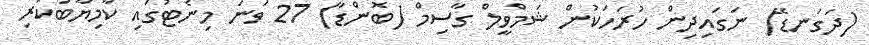
(ދަގަނޑޭ) ނަގައިދިން ހުރަހަކުން ޝަމްވީލް ގާސިމް (ބޮންޑާ) 27 ވަނަ މިނެޓުގައި ކާމިޔާބުކުރި